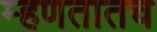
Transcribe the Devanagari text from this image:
म्हणतातच